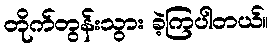
တိုက်တွန်းသွား ခဲ့ကြပါတယ်။